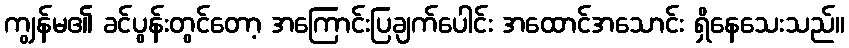
ကျွန်မ၏ ခင်ပွန်းတွင်တော့ အကြောင်းပြချက်ပေါင်း အထောင်အသောင်း ရှိနေသေးသည်။